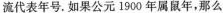
流代表年号。如果公元 1900 年属鼠年，那么